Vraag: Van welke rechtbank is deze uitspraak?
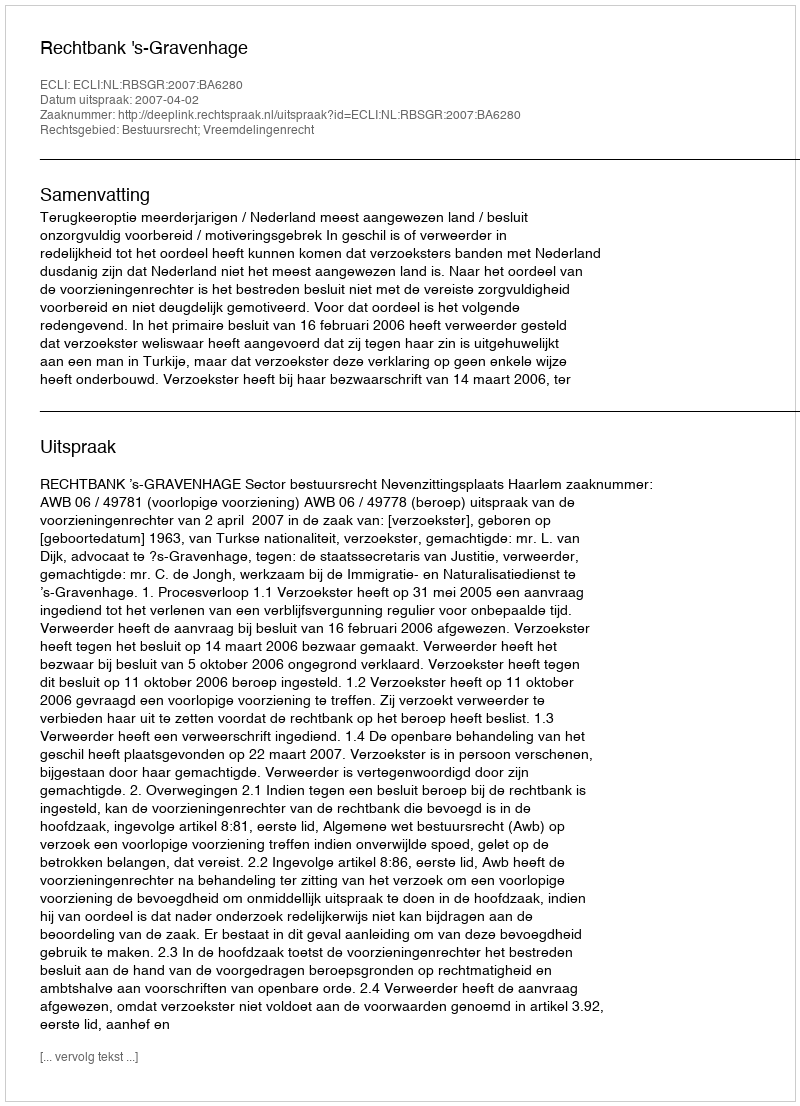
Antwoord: Rechtbank 's-Gravenhage